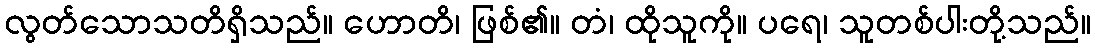
လွတ်သောသတိရှိသည်။ ဟောတိ၊ ဖြစ်၏။ တံ၊ ထိုသူကို။ ပရေ၊ သူတစ်ပါးတို့သည်။